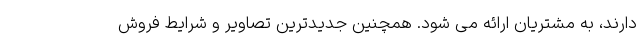
دارند، به مشتریان ارائه می شود. همچنین جدیدترین تصاویر و شرایط فروش